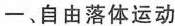
一、自由落体运动